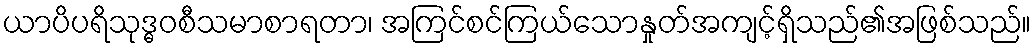
ယာပိပရိသုဒ္ဓဝစီသမာစာရတာ၊ အကြင်စင်ကြယ်သောနှုတ်အကျင့်ရှိသည်၏အဖြစ်သည်။